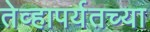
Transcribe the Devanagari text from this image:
तेव्हापर्यतच्या